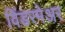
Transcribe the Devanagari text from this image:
विंडरमेअर